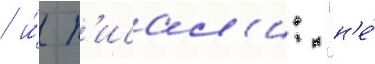
/ и́ п'исал'и: "н'е́